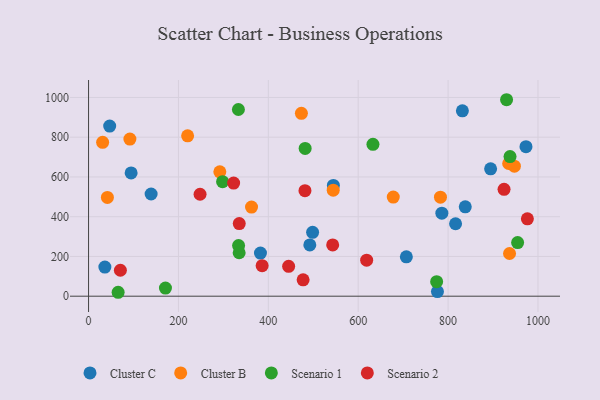
{"axis": {"x": "Speed", "y": "Salary"}, "legend": ["Cluster B", "Cluster C", "Scenario 1", "Scenario 2"], "data": [{"x": "492.3", "y": 257.8, "type": "Cluster C"}, {"x": "973.3", "y": 752.4, "type": "Cluster C"}, {"x": "831.8", "y": 932.8, "type": "Cluster C"}, {"x": "894.6", "y": 640.9, "type": "Cluster C"}, {"x": "776.3", "y": 23.0, "type": "Cluster C"}, {"x": "382.5", "y": 217.0, "type": "Cluster C"}, {"x": "47.0", "y": 855.8, "type": "Cluster C"}, {"x": "816.6", "y": 364.5, "type": "Cluster C"}, {"x": "707.1", "y": 198.3, "type": "Cluster C"}, {"x": "498.5", "y": 321.5, "type": "Cluster C"}, {"x": "36.3", "y": 146.3, "type": "Cluster C"}, {"x": "786.1", "y": 417.7, "type": "Cluster C"}, {"x": "838.2", "y": 449.5, "type": "Cluster C"}, {"x": "544.7", "y": 557.6, "type": "Cluster C"}, {"x": "139.2", "y": 514.3, "type": "Cluster C"}, {"x": "94.7", "y": 620.2, "type": "Cluster C"}, {"x": "292.1", "y": 625.6, "type": "Cluster B"}, {"x": "41.9", "y": 496.9, "type": "Cluster B"}, {"x": "31.3", "y": 774.4, "type": "Cluster B"}, {"x": "947.5", "y": 654.0, "type": "Cluster B"}, {"x": "678.0", "y": 498.7, "type": "Cluster B"}, {"x": "934.8", "y": 667.6, "type": "Cluster B"}, {"x": "783.0", "y": 498.2, "type": "Cluster B"}, {"x": "544.4", "y": 533.4, "type": "Cluster B"}, {"x": "936.7", "y": 214.8, "type": "Cluster B"}, {"x": "362.6", "y": 448.2, "type": "Cluster B"}, {"x": "220.4", "y": 807.0, "type": "Cluster B"}, {"x": "473.6", "y": 920.1, "type": "Cluster B"}, {"x": "92.0", "y": 790.8, "type": "Cluster B"}, {"x": "298.2", "y": 576.2, "type": "Scenario 1"}, {"x": "481.9", "y": 743.7, "type": "Scenario 1"}, {"x": "171.1", "y": 40.7, "type": "Scenario 1"}, {"x": "930.1", "y": 988.6, "type": "Scenario 1"}, {"x": "937.8", "y": 702.4, "type": "Scenario 1"}, {"x": "632.8", "y": 764.1, "type": "Scenario 1"}, {"x": "774.5", "y": 73.2, "type": "Scenario 1"}, {"x": "335.1", "y": 218.7, "type": "Scenario 1"}, {"x": "65.8", "y": 19.7, "type": "Scenario 1"}, {"x": "954.7", "y": 270.0, "type": "Scenario 1"}, {"x": "333.8", "y": 254.5, "type": "Scenario 1"}, {"x": "333.4", "y": 939.5, "type": "Scenario 1"}, {"x": "335.3", "y": 365.6, "type": "Scenario 2"}, {"x": "386.2", "y": 153.5, "type": "Scenario 2"}, {"x": "618.8", "y": 181.3, "type": "Scenario 2"}, {"x": "481.5", "y": 530.9, "type": "Scenario 2"}, {"x": "924.5", "y": 537.8, "type": "Scenario 2"}, {"x": "976.4", "y": 389.1, "type": "Scenario 2"}, {"x": "543.2", "y": 257.8, "type": "Scenario 2"}, {"x": "322.8", "y": 569.0, "type": "Scenario 2"}, {"x": "445.2", "y": 150.4, "type": "Scenario 2"}, {"x": "248.1", "y": 513.0, "type": "Scenario 2"}, {"x": "70.8", "y": 130.5, "type": "Scenario 2"}, {"x": "477.4", "y": 82.1, "type": "Scenario 2"}]}